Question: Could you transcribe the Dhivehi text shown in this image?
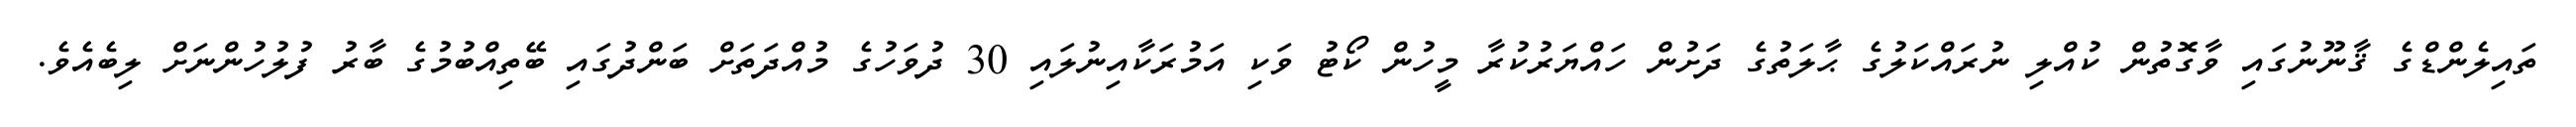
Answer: ތައިލެންޑްގެ ޤާނޫނުގައި ވާގޮތުން ކުއްލި ނުރައްކަލުގެ ޙާލަތުގެ ދަށުން ހައްޔަރުކުރާ މީހުން ކޯޓު ވަކި އަމުރަކާއިނުލައި 30 ދުވަހުގެ މުއްދަތަށް ބަންދުގައި ބޭތިއްބުމުގެ ބާރު ފުލުހުންނަށް ލިބެއެވެ.